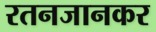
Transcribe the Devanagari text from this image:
रतनजानकर